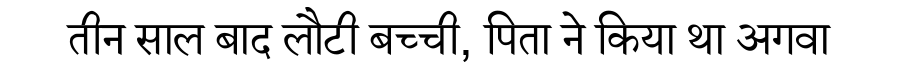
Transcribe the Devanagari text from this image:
तीन साल बाद लौटी बच्ची, पिता ने किया था अगवा